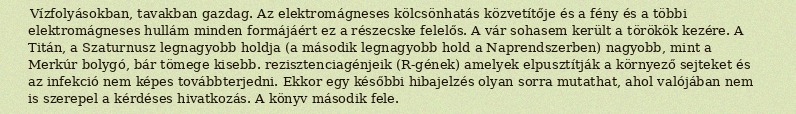
Vízfolyásokban, tavakban gazdag. Az elektromágneses kölcsönhatás közvetítője és a fény és a többi elektromágneses hullám minden formájáért ez a részecske felelős. A vár sohasem került a törökök kezére. A Titán, a Szaturnusz legnagyobb holdja (a második legnagyobb hold a Naprendszerben) nagyobb, mint a Merkúr bolygó, bár tömege kisebb. rezisztenciagénjeik (R-gének) amelyek elpusztítják a környező sejteket és az infekció nem képes továbbterjedni. Ekkor egy későbbi hibajelzés olyan sorra mutathat, ahol valójában nem is szerepel a kérdéses hivatkozás. A könyv második fele.